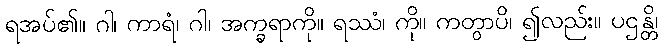
ရအပ်၏။ ဂါ၊ ကာရံ၊ ဂါ၊ အက္ခရာကို။ ရဿံ၊ ကို။ ကတွာပိ၊ ၍လည်း။ ပဌန္တိ၊